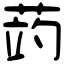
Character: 𦲂